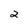
Character: 2